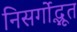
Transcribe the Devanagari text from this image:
निसर्गोद्भूत